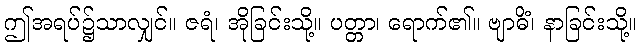
ဤအရပ်၌သာလျှင်။ ဇရံ၊ အိုခြင်းသို့။ ပတ္တာ၊ ရောက်၏။ ဗျာဓိံ၊ နာခြင်းသို့။